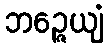
ဘဉ္ဇေယျံ